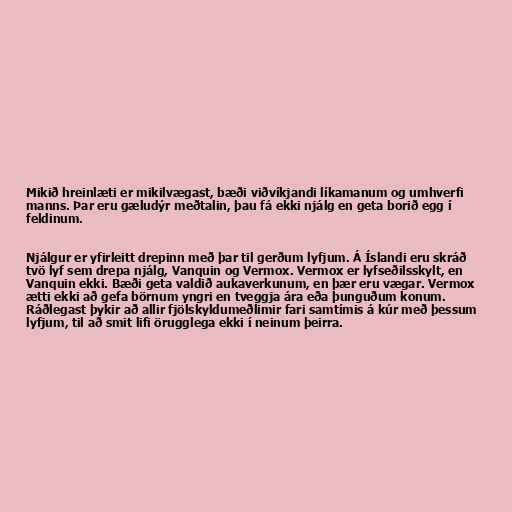
Mikið hreinlæti er mikilvægast, bæði viðvíkjandi líkamanum og umhverfi
manns. Þar eru gæludýr meðtalin, þau fá ekki njálg en geta borið egg í
feldinum.

Njálgur er yfirleitt drepinn með þar til gerðum lyfjum. Á Íslandi eru skráð
tvö lyf sem drepa njálg, Vanquin og Vermox. Vermox er lyfseðilsskylt, en
Vanquin ekki. Bæði geta valdið aukaverkunum, en þær eru vægar. Vermox
ætti ekki að gefa börnum yngri en tveggja ára eða þunguðum konum.
Ráðlegast þykir að allir fjölskyldumeðlimir fari samtímis á kúr með þessum
lyfjum, til að smit lifi örugglega ekki í neinum þeirra.